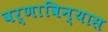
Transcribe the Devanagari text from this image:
वर्णाविन्यास